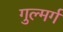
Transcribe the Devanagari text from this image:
गुल्मर्ग